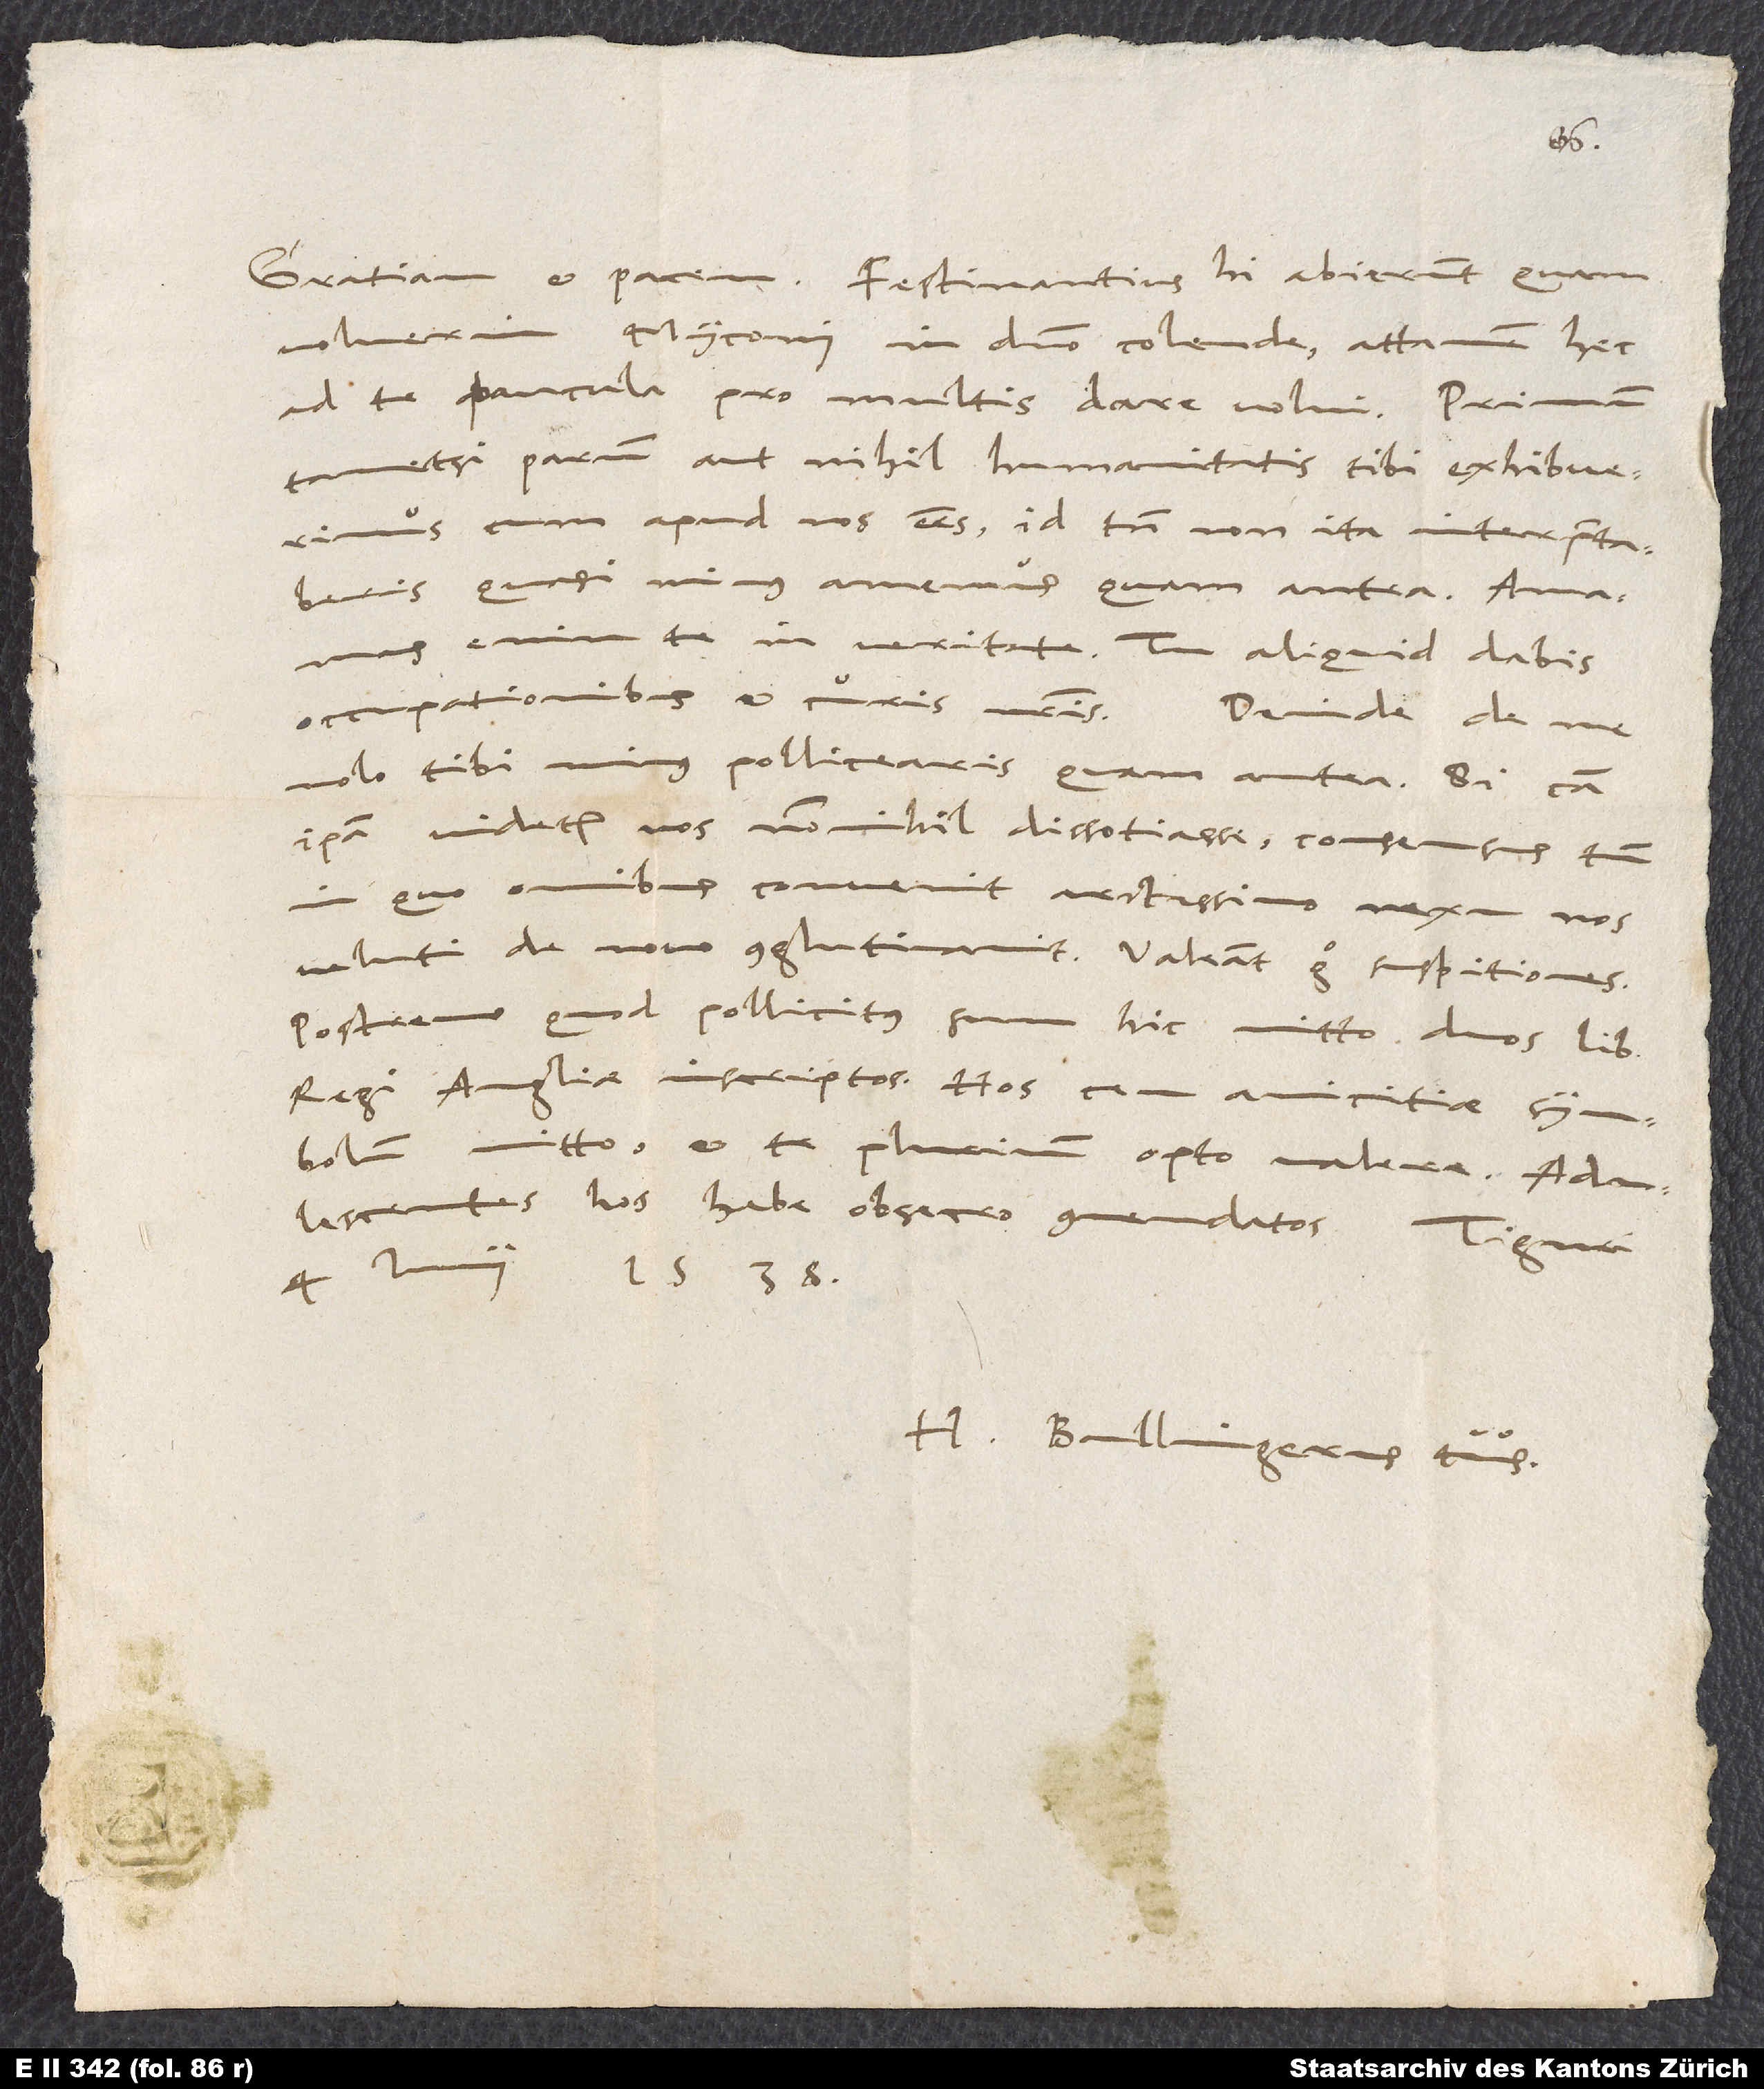
voluerim, Myconi in domino colende, attamen hec
ad te paucula pro multis dare volui. Primum,
tametsi parum aut nihil humanitatis tibi exhibuerimus,
cum apud nos esses, id tamen non ita interpretaberis,
quasi minus amemus quam antea. Amamus
occupationibus et curis nostris. Deinde de me
nolo tibi minus pollicearis quam antea. Si causa
ipsa videtur nos nonnihil dissotiasse, consensus tamen,
in quo omnibus convenit, arctissimo nexu nos
veluti de novo conglutinavit. Valeant ergo suspitiones.
Postremo, quod pollicitus sum, hic mitto, duos libros
regi Angliae inscriptos. Hos ceu amicitiae symbolum
mitto, et te plurimum opto valere.
Adulescentes hos habe, obsecro, commendatos.
4. iunii 1538.
H. Bullingerus tuus.